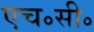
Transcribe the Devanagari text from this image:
एच॰सी॰